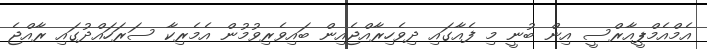
އެމްއެމްޕީއާރްސީ އިން ބުނީ މި ފެއާގައި ދިވެހިރާއްޖެއިން ބައިވެރިވުމުން އެމެރިކާ ސަރަހައްދުގައި ރާއްޖެ